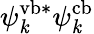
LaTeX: \psi_{\mathit{k}}^{\mathrm{{vb}}*}\psi_{\mathit{k}}^{\mathrm{{cb}}}